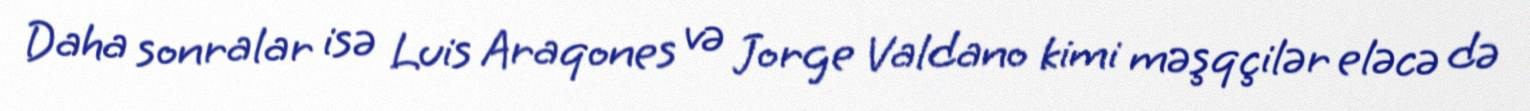
Daha sonralar isə Luis Araqones və Jorge Valdano kimi məşqçilər eləcə də